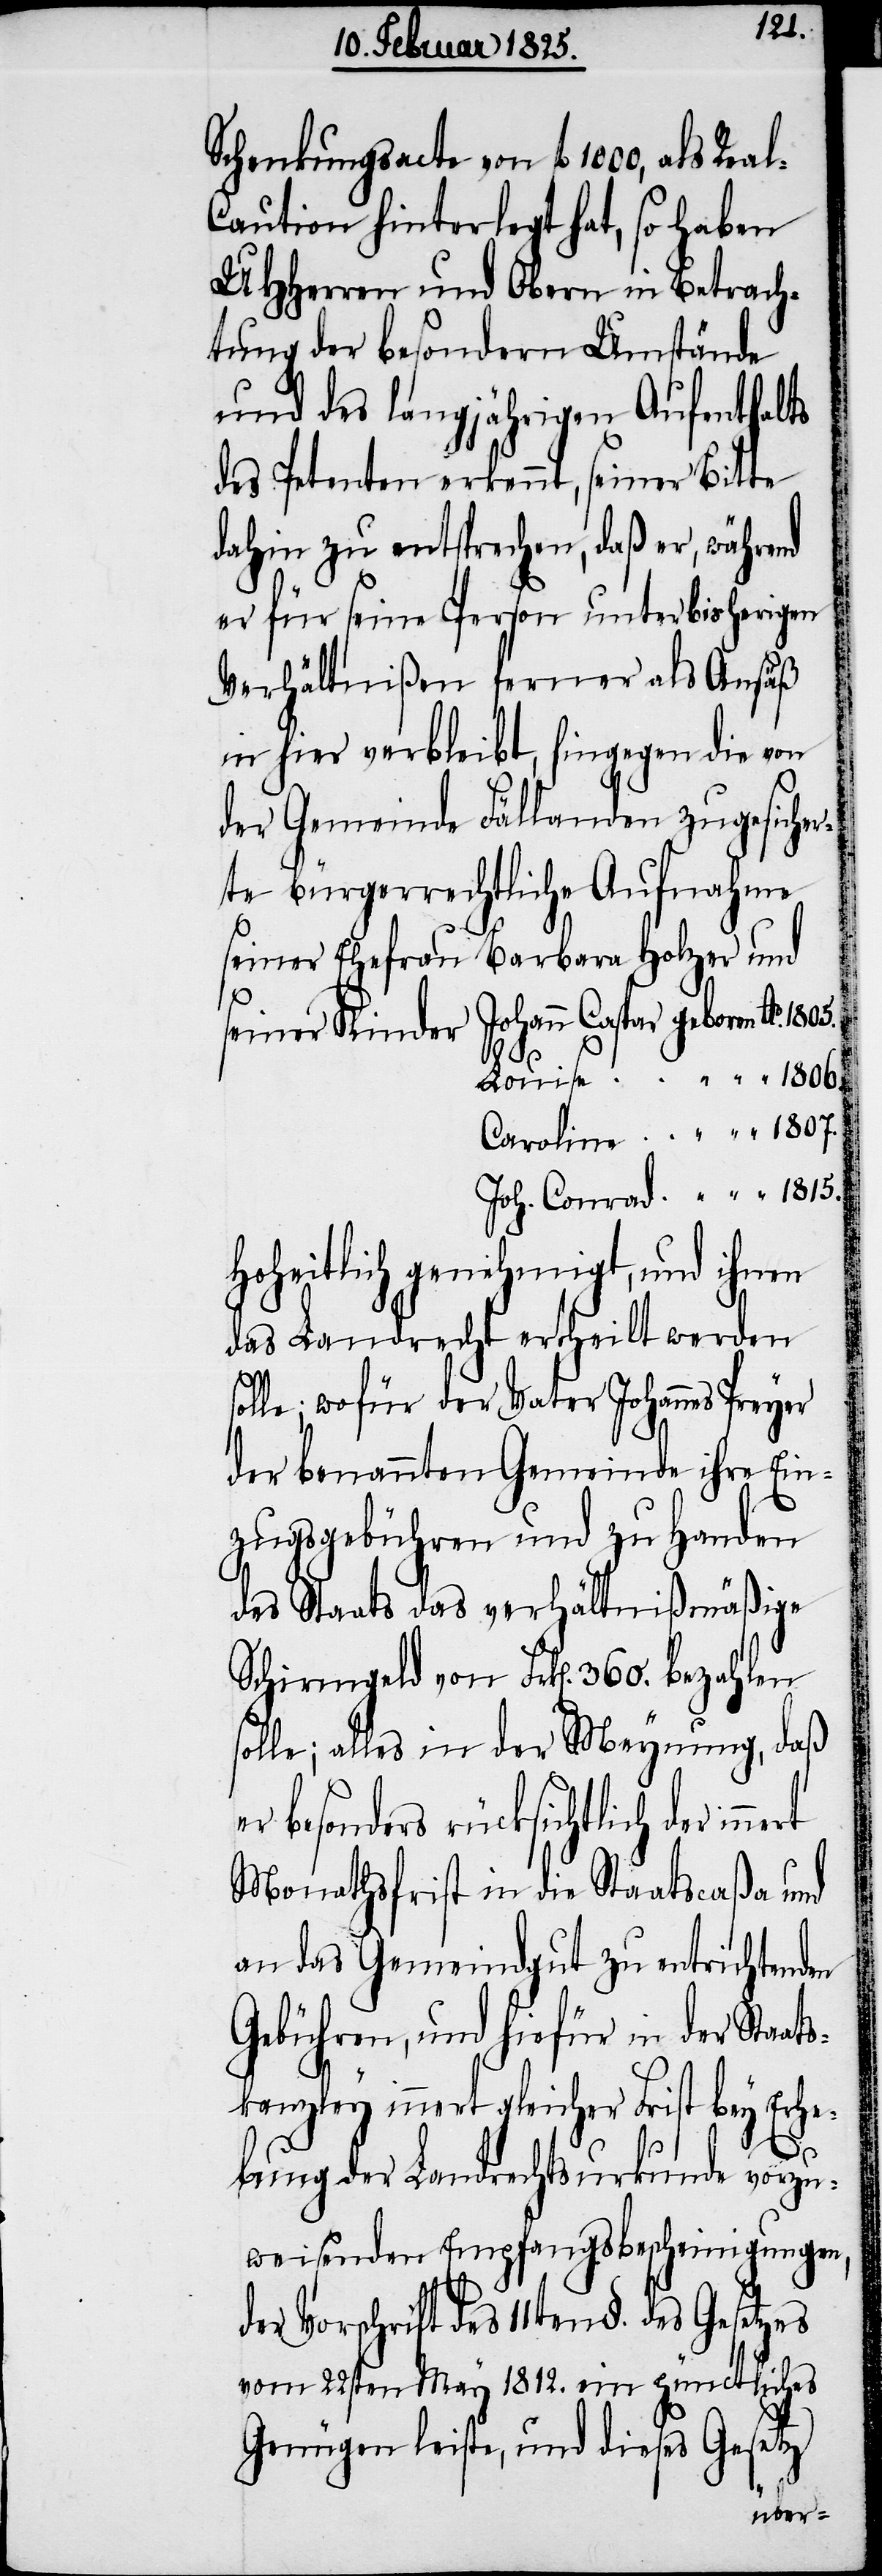
1815.
Schenkungsacte von fl 1000, als Rea¬
l-Caution hinterlegt hat, so haben
UHHerren und Obern in Betrach¬
tung der besondern Umstände
und des langjährigen Aufenthalts
des Petenten erkennt, seiner Bitte
dahin zu entsprechen, daß er, während
er für seine Person unter bisherigen
Verhältnißen ferner als Ansäß
in hier verbleibt, hingegen die von
der Gemeinde Fällanden zugesiche¬
rte bürgerrechtliche Aufnahme
seiner Ehefrau Barbara Holzer und
ch der innert
seiner Kinder
Hoheitlich genehmigt, und ihnen
das Landrecht ertheilt werden
solle; wofür der Vater Johannes Preyer
der benannten Gemeinde ihre
zugsgebühren und zu H¬
des Staats das verhältnißmäßige
Schirmgeld von Frk[en]. 360. bezah¬
ng, daß
solle; alles in der M¬
„
er besonders rücksichtli¬
Monathsfrist in die Staatscaßa und
an das Gemeindgut zu entrichtenden
Gebühren, und hiefür in der Staat¬
skanzley innert gleicher Frist bey Erhe¬
bung der Landrechtsurkunde vorzu¬
weisenden Empfangsbescheinigungen,
des 11ten §. des Gesetzes
vom 22sten May 1812. ein pünctliches
Genügen leiste, und dieses Gesetz
eynu¬